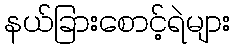
နယ်ခြားစောင့်ရဲများ